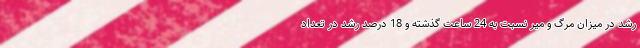
رشد در میزان مرگ و میر نسبت به 24 ساعت گذشته و 18 درصد رشد در تعداد